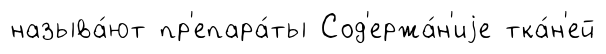
называ́ют пр'епара́ты Сод'ержа́н'иjе тка́н'ей